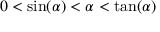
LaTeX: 0 < \sin ( \alpha ) < \alpha < \tan ( \alpha )